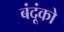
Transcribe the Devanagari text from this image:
बंदूंको